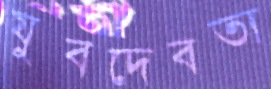
যুবদেবতা